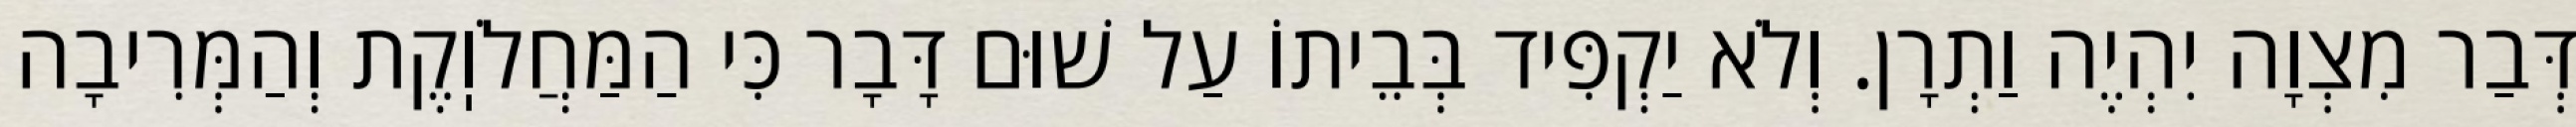
דְּבַר מִצְוָה יִהְיֶה וַתְרָן. וְלֹא יַקְפִּיד בְּבֵיתוֹ עַל שׁוּם דָּבָר כִּי הַמַּחֲלֹוֽקֶת וְהַמְּרִיבָה